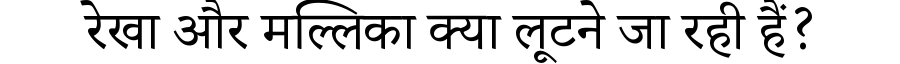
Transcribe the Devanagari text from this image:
रेखा और मल्लिका क्या लूटने जा रही हैं?